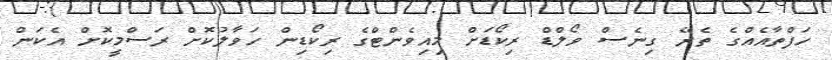
ހަފްތާއެއްގެ ތެރޭ ގިނެސް ވޯލްޑް ރިކޯޑަށް މިއިވެންޓްގެ ރިކޯޑިން ހަވާލުކޮށް ރަސްމީކޮށް އެކަން